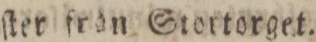
ſter från Stortorget.